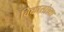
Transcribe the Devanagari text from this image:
विकासांच्या